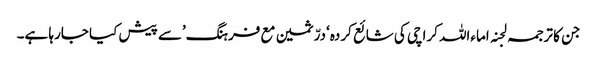
جن کا ترجمہ لجنہ اماءاللہ کراچی کی شائع کردہ ‘درّثمین مع فرہنگ’سے پیش کیا جارہا ہے۔